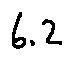
6 . 2